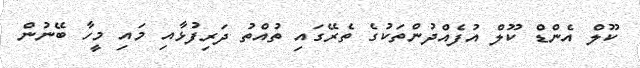
ކޫލް އެންޑް ކޫލް އުފެއްދުންތަކުގެ ތެރޭގައި ތުއްތު ދަރިފުޅާއި މައި މީހާ ބޭނުން